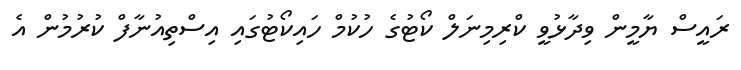
ރައީސް ޔާމީން ވިދާޅުވީ ކްރިމިނަލް ކޯޓުގެ ހުކުމް ހައިކޯޓުގައި އިސްތިއުނާފް ކުރުމުން އެ